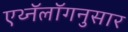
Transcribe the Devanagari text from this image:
एथ्नॅलॉगनुसार